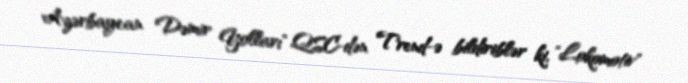
Azərbaycan Dəmir Yolları" QSC-dən Trend-ə bildiriblər ki, "Lokomotiv"